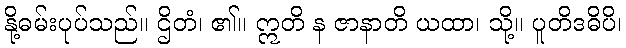
နို့ဓမ်းပုပ်သည်။ ဌိတံ၊ ၏။ ဣတိ န ဇာနာတိ ယထာ၊ သို့။ ပူတိဒဓိပိ၊